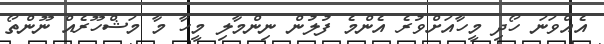
އެއްވަނަ ހޯދި މީހާއަށްވުރެ އެންމެ ފުލުން ނިންމާލި މީހާ މާ މަޝްހޫރެއް ނޫންތޯ